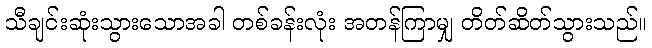
သီချင်းဆုံးသွားသောအခါ တစ်ခန်းလုံး အတန်ကြာမျှ တိတ်ဆိတ်သွားသည်။